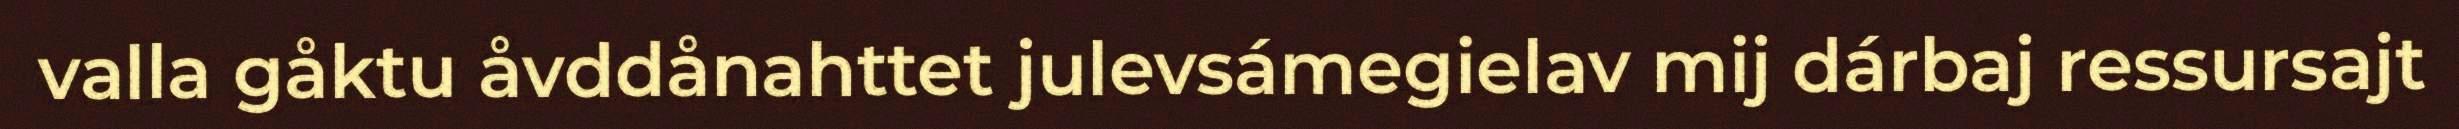
valla gåktu åvddånahttet julevsámegielav mij dárbaj ressursajt